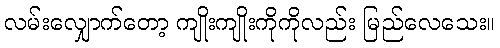
လမ်းလျှောက်တော့ ကျိုးကျိုးကိုကိုလည်း မြည်လေသေး။